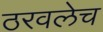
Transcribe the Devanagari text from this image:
ठरवलेच